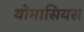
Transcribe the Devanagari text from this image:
योमासियस